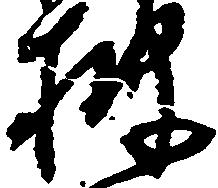
披